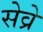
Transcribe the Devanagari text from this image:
सेव्रे